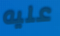
عليه